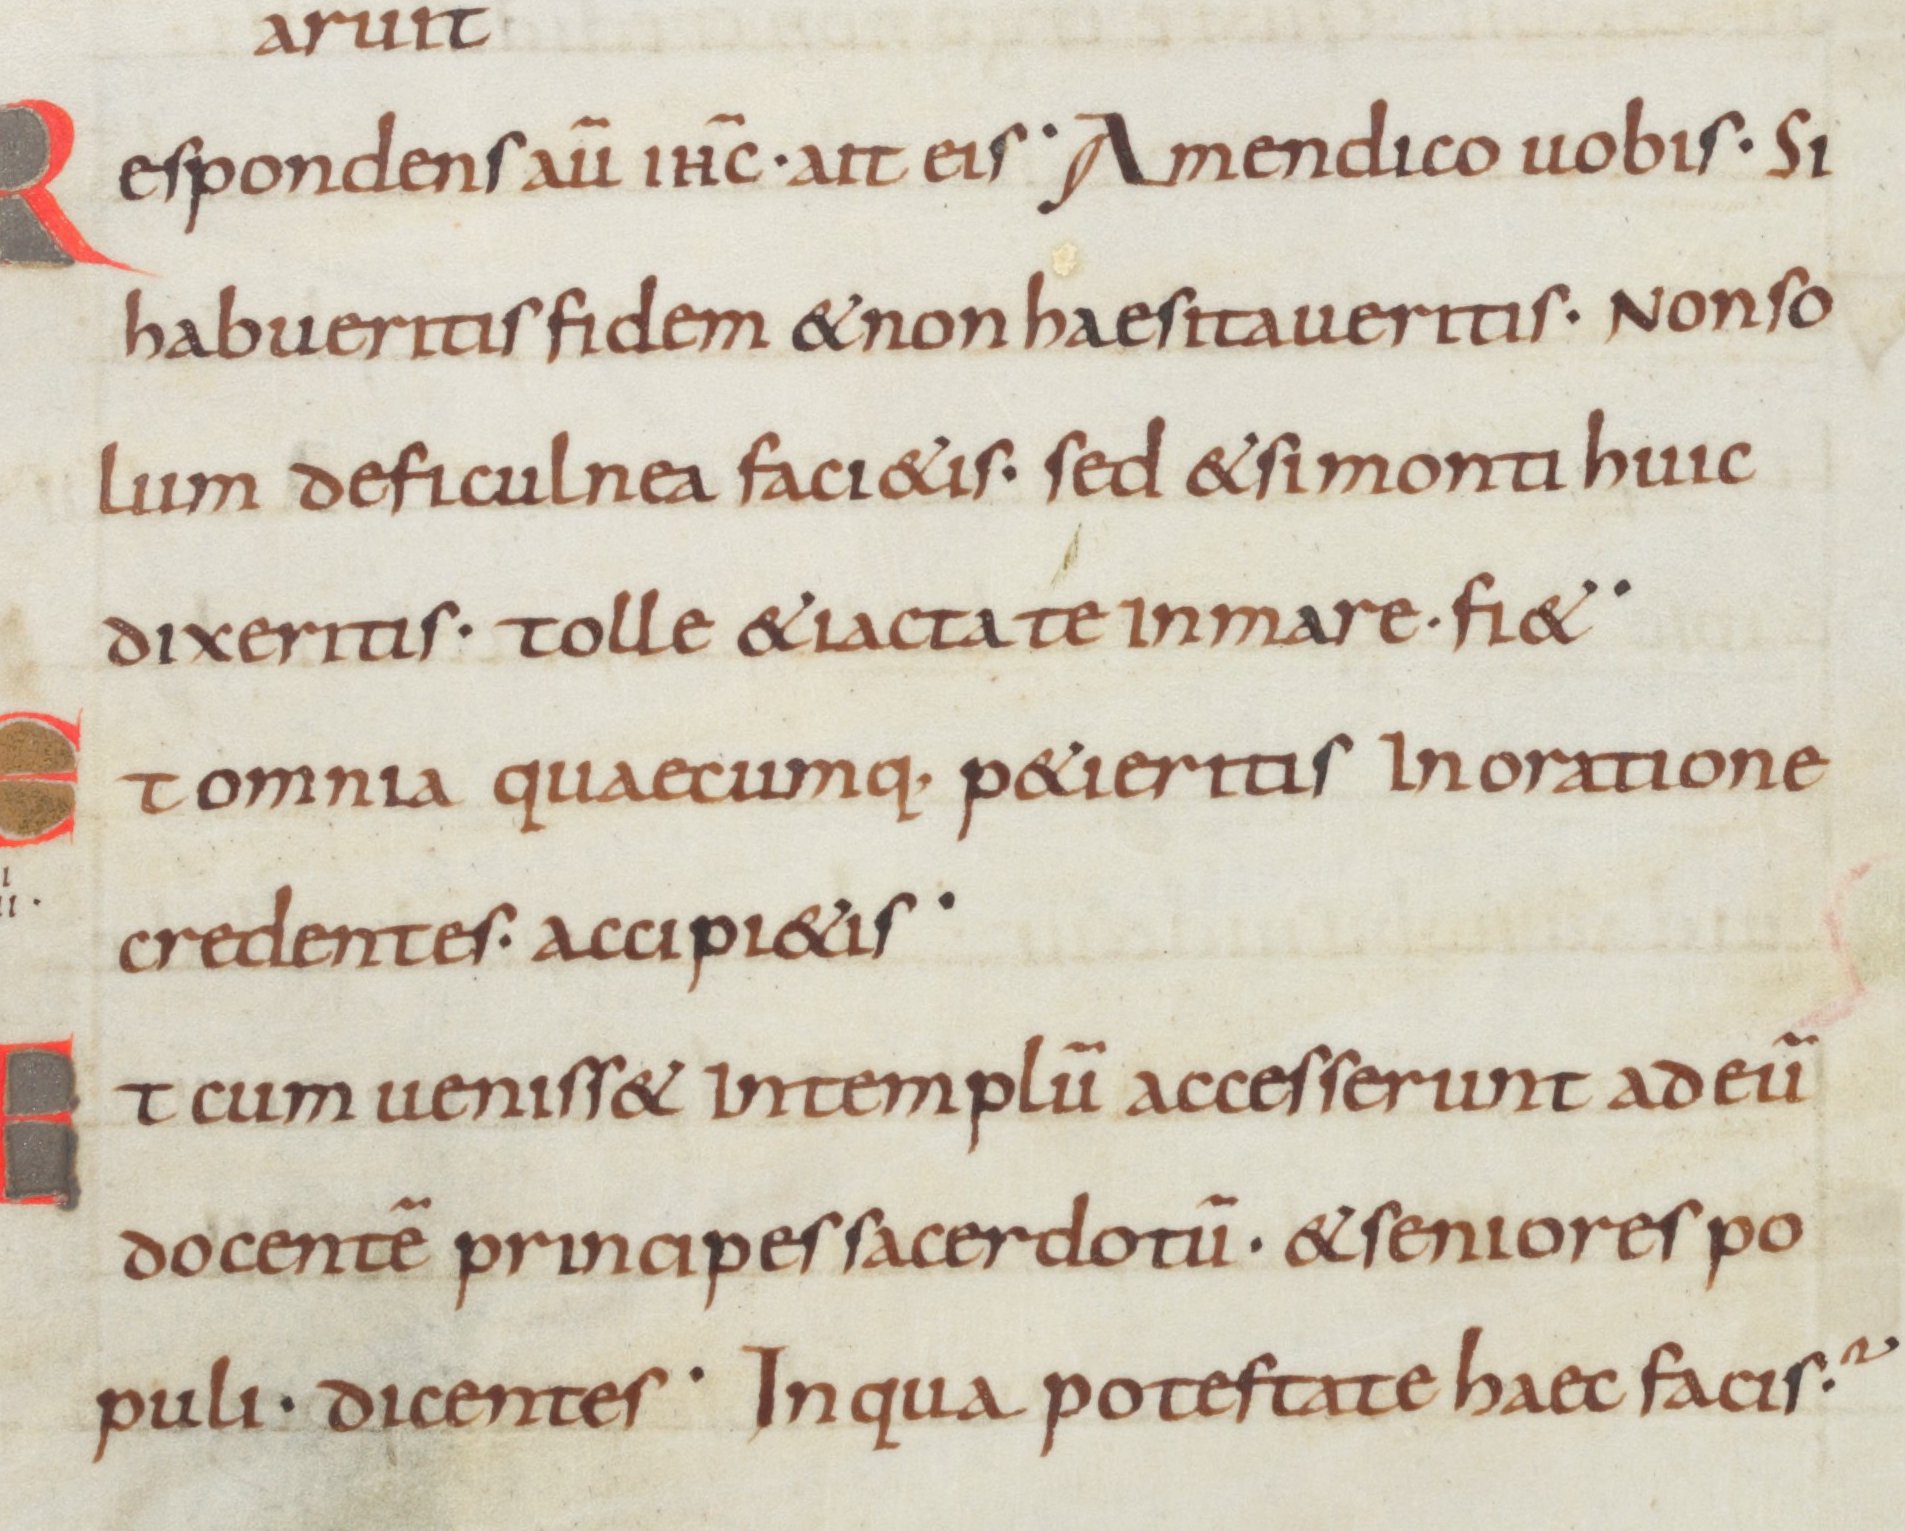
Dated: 875–899